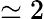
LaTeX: \simeq 2